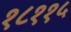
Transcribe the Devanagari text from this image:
१८११५